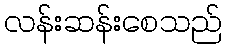
လန်းဆန်းစေသည်